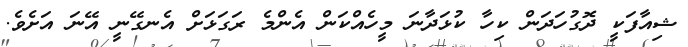
ޝިއާފަކީ ދޮގުހަދަން ކިހާ ކުޅަދާނަ މީހެއްކަން އެންމެ ރަގަޅަށް އެނގޭނީ އޭނަ އަށެވެ.